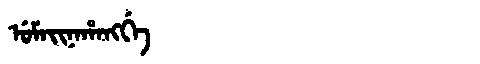
Manchu: ᡠᠮᠠᡳᠨᠠᡥᠠᠩᡤᡝ
Romanization: UMAINAHANGGE